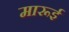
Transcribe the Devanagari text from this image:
मारूई